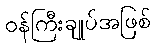
ဝန်ကြီးချုပ်အဖြစ်